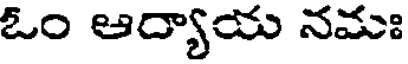
ఓం ఆద్యాయ నమః